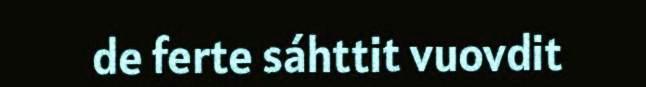
de ferte sáhttit vuovdit